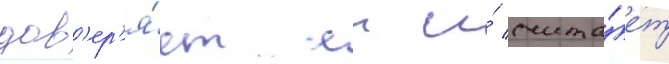
дов'ер'я́ет еи и́ счита́ет